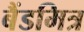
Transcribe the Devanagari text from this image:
बैंडमित्र